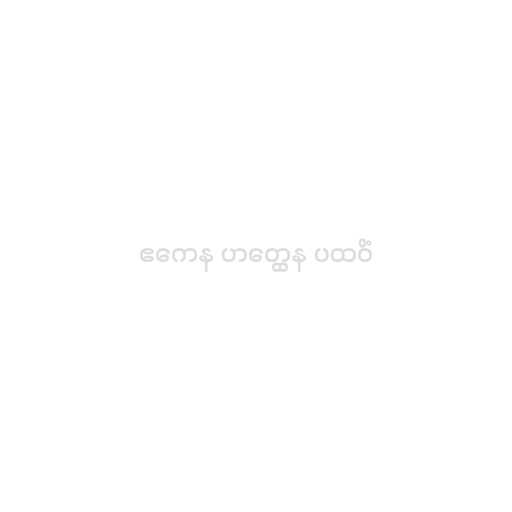
ဧကေန ဟတ္ထေန ပထဝိံ